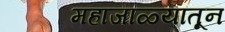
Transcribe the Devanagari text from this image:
महाजाळ्यातून